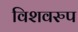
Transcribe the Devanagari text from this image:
विशवरुप